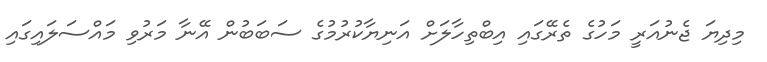
މިދިޔަ ޖެނުއަރީ މަހުގެ ތެރޭގައި އިބްތިހާލަށް އަނިޔާކުރުމުގެ ސަބަބުން އޭނާ މަރުވި މައްސަލައިގައި